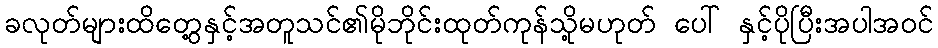
ခလုတ်များထိတွေ့နှင့်အတူသင်၏မိုဘိုင်းထုတ်ကုန်သို့မဟုတ် ပေါ် နှင့်ပိုပြီးအပါအဝင်